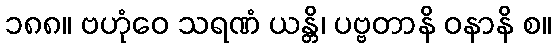
၁၈၈။ ဗဟုံဝေ သရဏံ ယန္တိ၊ ပဗ္ဗတာနိ ဝနာနိ စ။